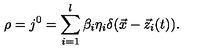
\rho = j ^ { 0 } = \sum _ { i = 1 } ^ { l } \beta _ { i } \eta _ { i } \delta ( \vec { x } - \vec { z } _ { i } ( t ) ) .